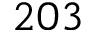
2 0 3